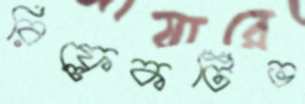
রিফ্লেকটিভ